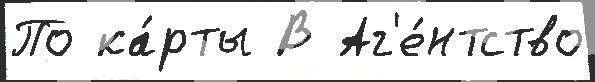
По ка́рты В Аг'е́нтство